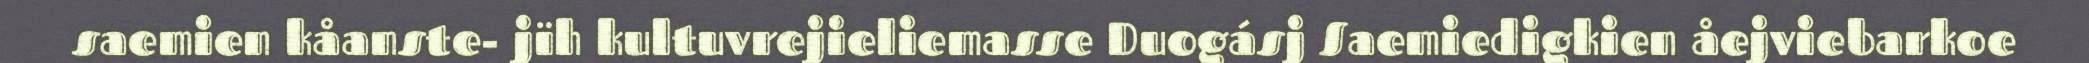
saemien kåanste- jïh kultuvrejieliemasse Duogásj Saemiedigkien åejviebarkoe